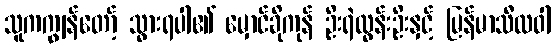
သူကကျွန်တော့် သွားရပါ၏ မှောင်ခိုကုန် ဦးရဲထွန်းဦးနှင့် မြန်မာသီလဝါ